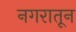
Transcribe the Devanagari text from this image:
नगरातून